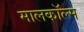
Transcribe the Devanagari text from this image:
मालकॉल्म